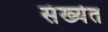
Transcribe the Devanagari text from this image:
संख्‍येत